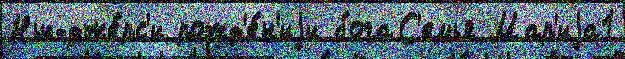
Нью-дже́рс'и рожд'е́н'иjи богаС'емья Мар'иjа1